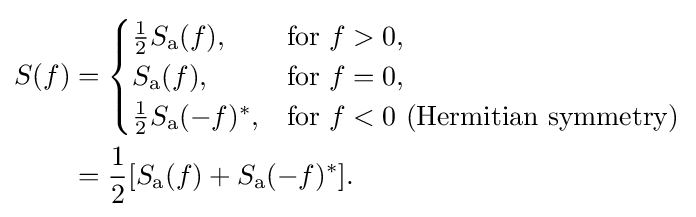
{\begin{aligned}S(f)&={\begin{cases}{\frac {1}{2}}S_{\mathrm {a} }(f),&{\text{for}}\ f>0,\\S_{\mathrm {a} }(f),&{\text{for}}\ f=0,\\{\frac {1}{2}}S_{\mathrm {a} }(-f)^{*},&{\text{for}}\ f<0\ {\text{(Hermitian symmetry)}}\end{cases}}\\&={\frac {1}{2}}[S_{\mathrm {a} }(f)+S_{\mathrm {a} }(-f)^{*}].\end{aligned}}